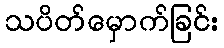
သပိတ်မှောက်ခြင်း